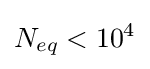
N_{eq}<10^{4}